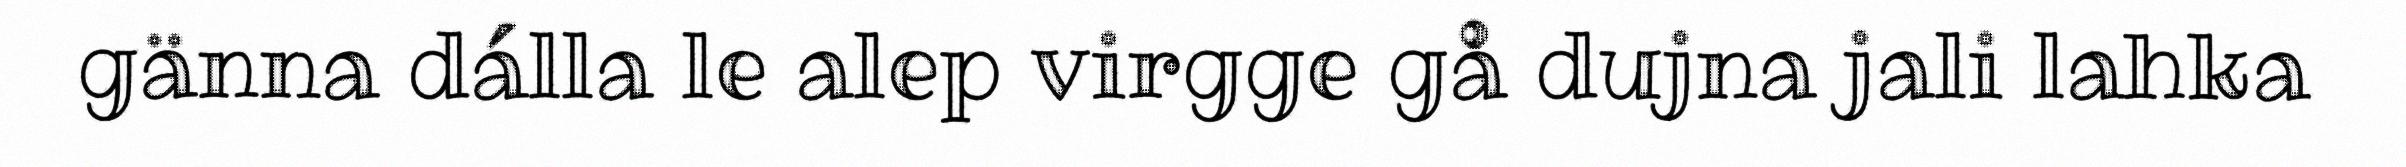
gänna dálla le alep virgge gå dujna jali lahka